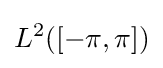
L^{2}([-\pi ,\pi ])